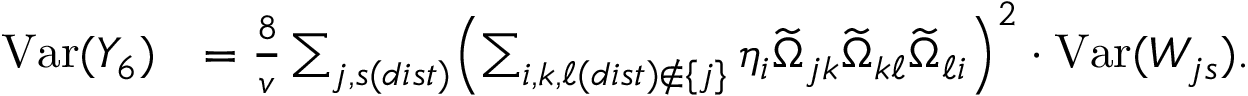
\begin{array} { r l } { \mathrm { V a r } ( Y _ { 6 } ) } & { = \frac { 8 } { v } \sum _ { j , s ( d i s t ) } \Bigl ( \sum _ { i , k , \ell ( d i s t ) \notin \{ j \} } \eta _ { i } \widetilde { \Omega } _ { j k } \widetilde { \Omega } _ { k \ell } \widetilde { \Omega } _ { \ell i } \Bigr ) ^ { 2 } \cdot \mathrm { V a r } ( W _ { j s } ) . } \end{array}